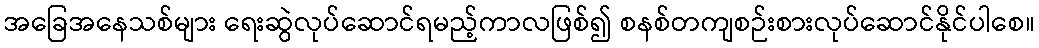
အခြေအနေသစ်များ ရေးဆွဲလုပ်ဆောင်ရမည့်ကာလဖြစ်၍ စနစ်တကျစဉ်းစားလုပ်ဆောင်နိုင်ပါစေ။